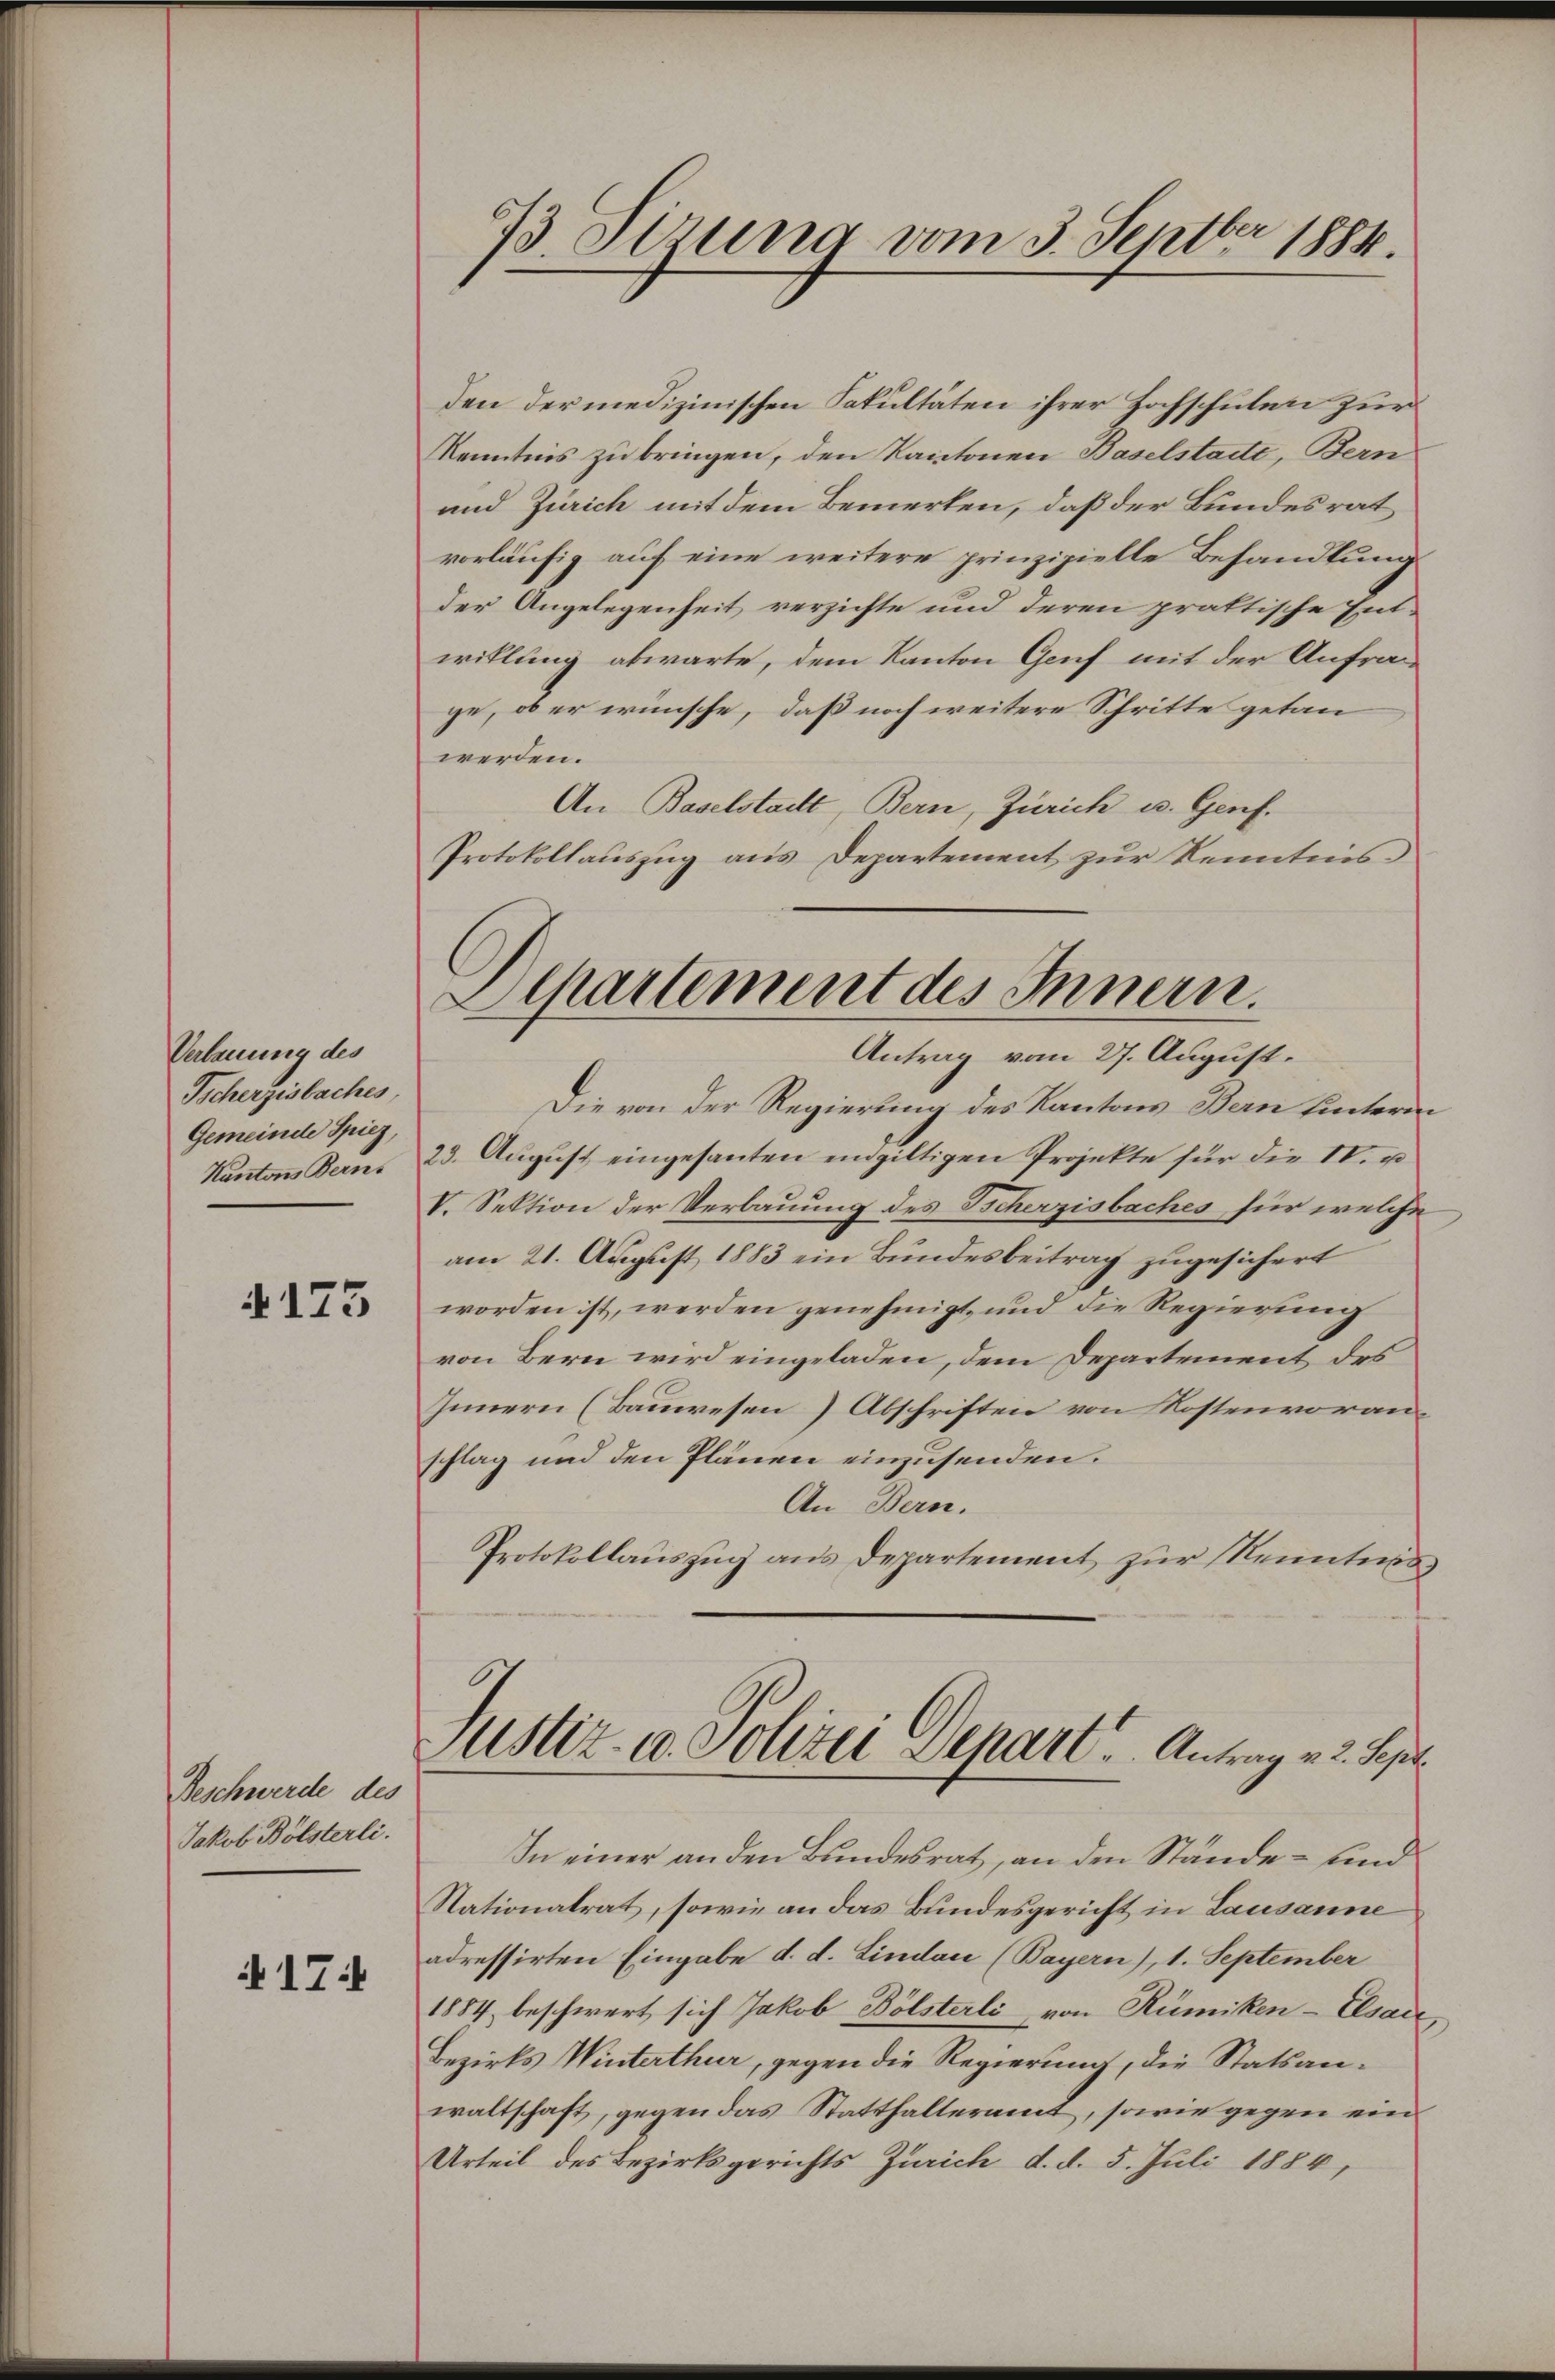
Verbauung des
Tscherzisbaches
Gemeinde Spiez,
Kantons Berns

4173

Beschwerde des
Jakob Bölsterli.

§17

den der medizinischen Fakultäten ihrer Hochschulen zur
Kenntnis zu bringen, den Kantonen Baselstatt, Bern
und Zürich mit dem Bemerken, daß der Bundesrat
vorläufig auf eine weitere prinzipielle Behandlung
der Angelegenheit verzichte und deren praktische Ent-
willung abwarte, dem Kanton Genf mit der Anfra
ge, ob er wünsche, daß noch weitere Schritte getanwerden.
An Baselstadt, Bern, Zürich u. Genf.
Protokollauszug aus Departement zur Kenntnis
Die von der Regierung des Kantons Bern hintern
23. August eingesanten eingiltigen Projekte für die II. u
V. Sektion der Verbauung des Scherzisbaches für welche
am 21. August 1883 ein Bundesbeitrag zugesichert
worden ist, werden genehmigt, und die Regierung
von Bern wird eingeladen, dem Departement des
Innern (Bauwesen Abschriften von Kostenvoranschlag und den Plänen einzusenden.
An Bern.
Protokollauszug aus Departement zur Kenntnis¬

83 Sirung vom 3. Septbr 1884.

Apartement des Innern.
Antrag vom 27. August.

Justiz- u. Polizei Depart. Antrag v. 2. Sept.

In einer an den Bundesrat, an den Stände- und
Nationalrat, sowie an das Bundesgericht in Lausanne
adressirten Eingabe d. d. Lindau (Bayern), 1. September
1884 beschwert sich Jakob Bölsterli von Rümiken-Elsace
Bezirks Winterthur, gegen die Regierung, die Statsanwaltschaft, gegen das Statthalteramt, sowie gegen ein
Urteil des Bezirksgerichts Zürich d. d. 5. Juli 1884,